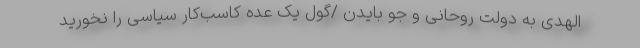
الهدی به دولت روحانی و جو بایدن /گول یک عده کاسب‌کار سیاسی را نخورید